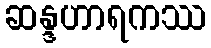
ဆန္ဒဟာရကဿ